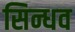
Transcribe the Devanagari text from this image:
सिन्धव